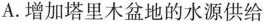
A.增加塔里木盆地的水源供给